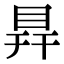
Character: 𥅳